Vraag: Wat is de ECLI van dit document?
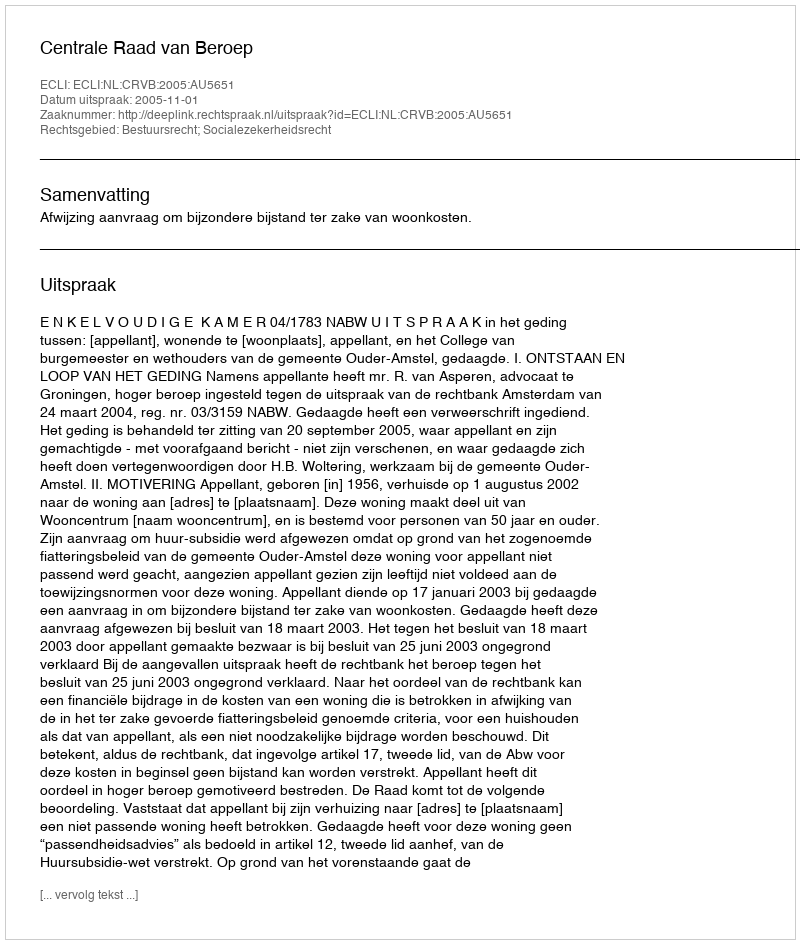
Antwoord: ECLI:NL:CRVB:2005:AU5651